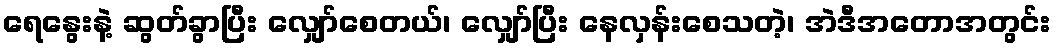
ရေနွေးနဲ့ ဆွတ်ခွာပြီး လျှော်စေတယ်၊ လျှော်ပြီး နေလှန်းစေသတဲ့၊ အဲဒီအတောအတွင်း